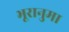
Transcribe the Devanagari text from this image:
भूरानुमा